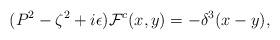
LaTeX: \begin{align*}(P^2-\zeta^2+i\epsilon){\cal F}^c(x,y)=-\delta^3(x-y),\end{align*}